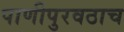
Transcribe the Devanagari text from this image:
पाणीपुरवठाच